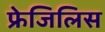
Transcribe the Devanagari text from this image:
फ्रेजिलिस